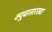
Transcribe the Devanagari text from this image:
क्यूबासारख्या